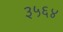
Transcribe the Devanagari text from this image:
३५६४